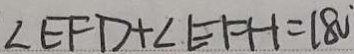
\angle E F D + \angle E F H = 1 8 0